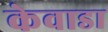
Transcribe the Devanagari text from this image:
केवाडा